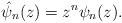
LaTeX: \begin{align*}\hat\psi_n (z)=z^n\psi_n(z).\end{align*}